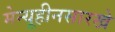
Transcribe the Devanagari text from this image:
मेन्यूहीनसारखे